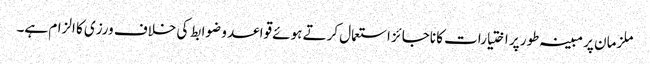
ملزمان پر مبینہ طور پر اختیارات کا ناجائز استعمال کرتے ہوئے قواعد و ضوابط کی خلاف ورزی کا الزام ہے۔